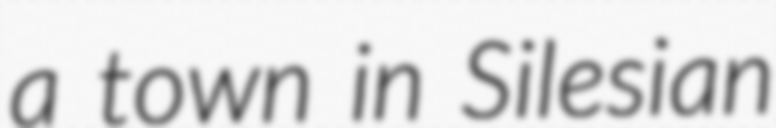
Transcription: a town in Silesian